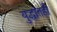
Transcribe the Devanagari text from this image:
युद्धांतही